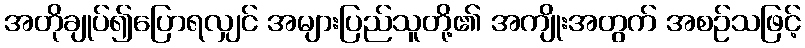
အတိုချုပ်၍ပြောရလျှင် အများပြည်သူတို့၏ အကျိုးအတွက် အစဉ်သဖြင့်